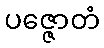
ပဇ္ဇောတံ